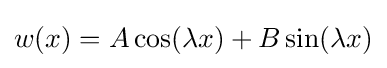
w(x)=A\cos(\lambda x)+B\sin(\lambda x)